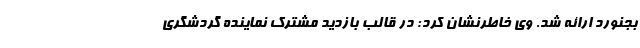
بجنورد ارائه شد. وی خاطرنشان کرد: در قالب بازدید مشترک نماینده گردشگری